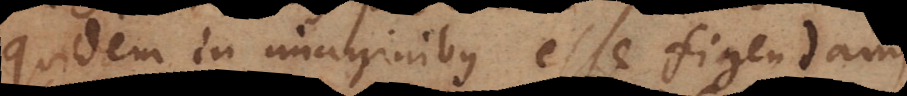
quidem in imaginibus esse figendam,